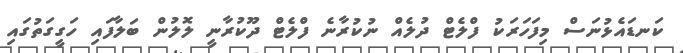
ކަނޑައެޅުނަސް މިފަހަރަކު ފްލެޓް ދުލެއް ނުކުރާނެ ފްލެޓް ދޫކުރާނީ ލޮލުން ބަލާފައި ހަގީގަތުގައި